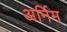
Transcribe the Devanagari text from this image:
अर्निम